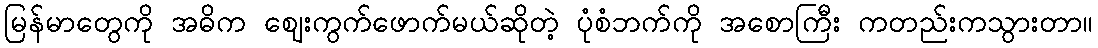
မြန်မာတွေကို အဓိက ဈေးကွက်ဖောက်မယ်ဆိုတဲ့ ပုံစံဘက်ကို အစောကြီး ကတည်းကသွားတာ။